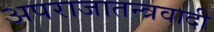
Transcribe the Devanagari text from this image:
अपराजातन्त्रवादी